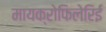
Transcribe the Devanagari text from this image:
मायक्रोफिलेरिई